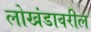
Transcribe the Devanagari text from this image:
लोखंडावरील